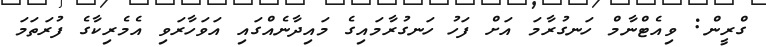
ގްރީން: ވިއެޓްނާމް ހަނގުރާމަ އަށް ފަހު ހަނގުރާމައިގެ މައިދާނެއްގައި އަވަހާރަވި އެމެރިކާގެ ފުރަތަމަ